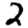
Digit: 2